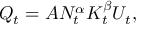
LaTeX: Q _ { t } = A N _ { t } ^ { \alpha } K _ { t } ^ { \beta } U _ { t } ,